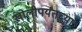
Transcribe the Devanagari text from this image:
खोलीपर्यंतच्या